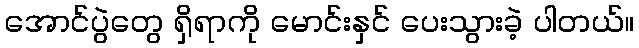
အောင်ပွဲတွေ ရှိရာကို မောင်းနှင် ပေးသွားခဲ့ ပါတယ်။